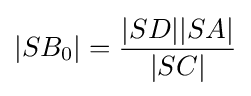
|SB_{0}|={\frac {|SD||SA|}{|SC|}}